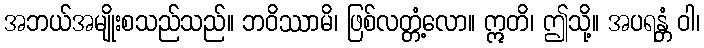
အဘယ်အမျိုးစသည်သည်။ ဘဝိဿာမိ၊ ဖြစ်လတ္တံ့လော။ ဣတိ၊ ဤသို့။ အပရန္တံ ဝါ၊